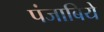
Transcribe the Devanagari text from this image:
पंजाबिये